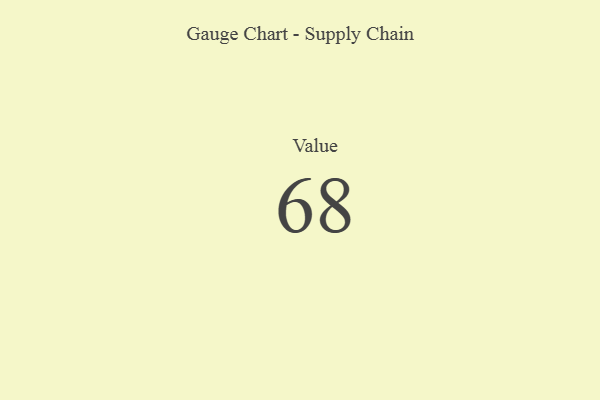
{"axis": {"x": "Metric", "y": "Value"}, "legend": [""], "data": [{"x": "Value", "y": 68, "type": ""}]}